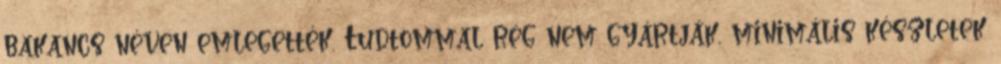
bakancs néven emlegették. Tudtommal rég nem gyártják, minimális készletek